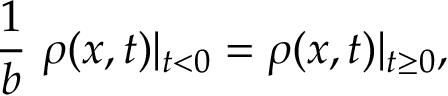
\frac { 1 } { b } ~ \rho ( x , t ) \vert _ { t < 0 } = \rho ( x , t ) \vert _ { t \geq 0 } ,